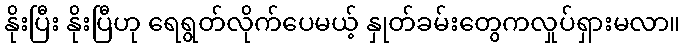
နိုးပြီး နိုးပြီဟု ရေရွတ်လိုက်ပေမယ့် နှုတ်ခမ်းတွေကလှုပ်ရှားမလာ။